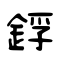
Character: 鋢